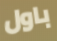
باول